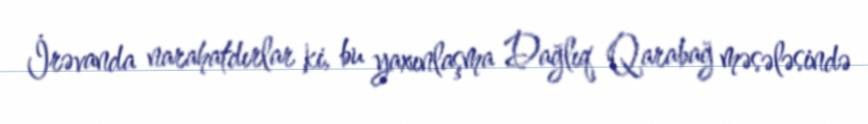
İrəvanda narahatdırlar ki, bu yaxınlaşma Dağlıq Qarabağ məsələsində